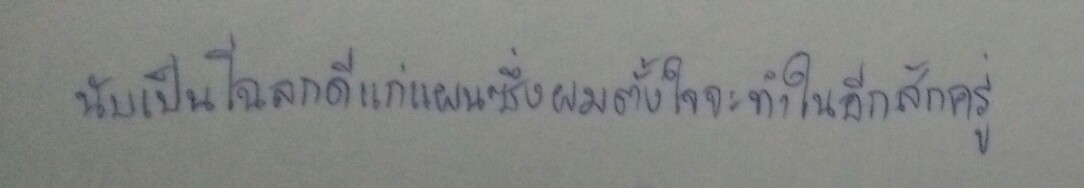
นับเป็นโฉลกดีแก่แผนซึ่งผมตั้งใจจะทำในอีกสักครู่